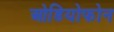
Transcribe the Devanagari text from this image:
ओडियोफोन